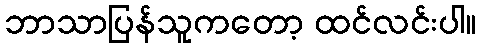
ဘာသာပြန်သူကတော့ ထင်လင်းပါ။